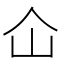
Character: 仚